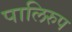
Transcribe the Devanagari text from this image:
पालिरुप